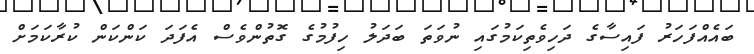
ބައެއްފަހަރު ފައިސާގެ ދަހިވެތިކަމުގައި ނުވަތަ ބަދަލު ހިފުމުގެ ގޮތުންވެސް އެފަދަ ކަންކަން ކުރާކަމަށް